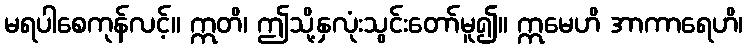
မရပါစေကုန်လင့်။ ဣတိ၊ ဤသို့နှလုံးသွင်းတော်မူ၍။ ဣမေဟိ အာကာရေဟိ၊